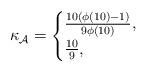
LaTeX: \begin{align*}\kappa_\mathcal{A}=\begin{cases}\frac{10(\phi(10)-1)}{9\phi(10)},&\\\frac{10}{9},&\\\end{cases}\end{align*}